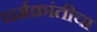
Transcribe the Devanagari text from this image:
धर्मक्रांतीचा